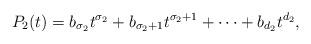
LaTeX: \begin{align*}P_2(t)=b_{\sigma_2}t^{\sigma_2}+b_{\sigma_2+1}t^{\sigma_2+1}+\cdots+b_{d_2}t^{d_2},\end{align*}